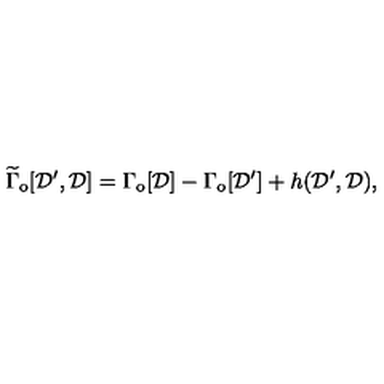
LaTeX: \widetilde { \Gamma } _ { \mathrm { o } } [ { \cal D } ^ { \prime } , { \cal D } ] = \Gamma _ { \mathrm { o } } [ { \cal D } ] - \Gamma _ { \mathrm { o } } [ { \cal D } ^ { \prime } ] + h ( { \cal D } ^ { \prime } , { \cal D } ) ,